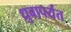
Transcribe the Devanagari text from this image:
ध्रुवापर्यंत